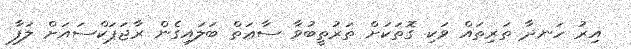
އިރު ހަނދާ ތަރިތައް ވަކި ގޮތަކަށް ތަރުތީބުވާ ސާޢަތް ބަލައިގެން ރާޖަޕަކްސައަށް ލަފާ